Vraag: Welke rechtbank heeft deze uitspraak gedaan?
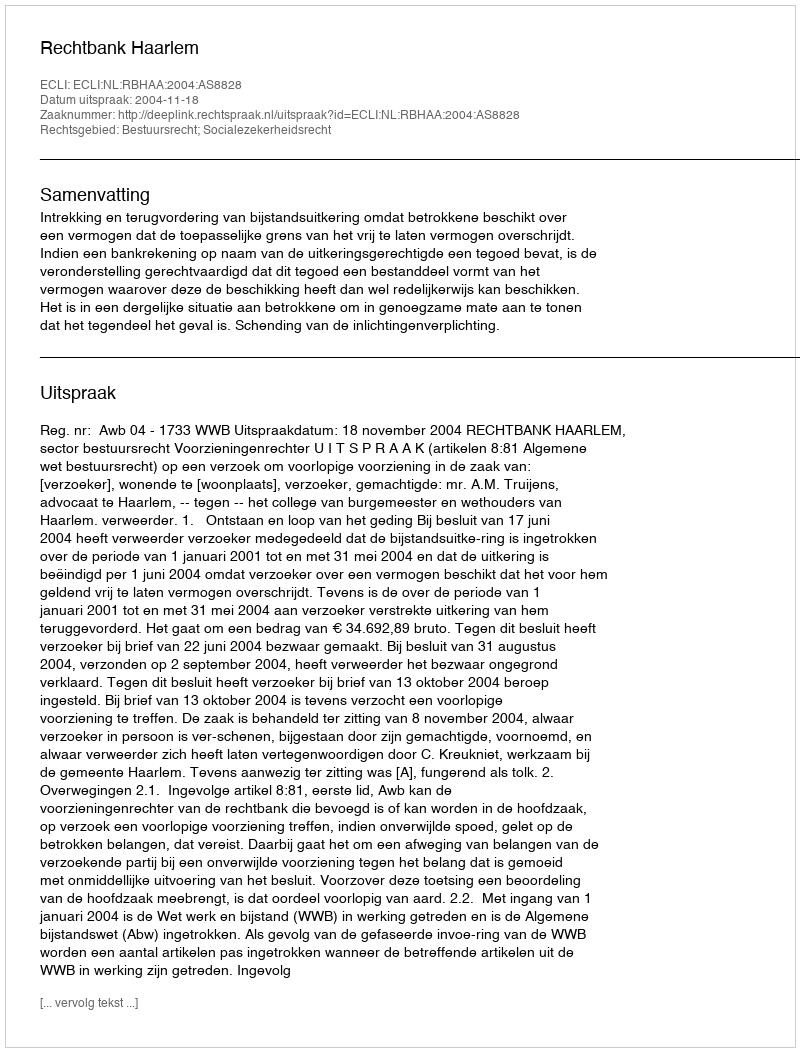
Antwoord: Rechtbank Haarlem